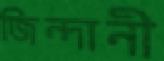
জিন্দানী